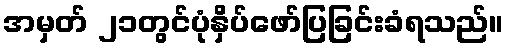
အမှတ် ၂၁တွင်ပုံနှိပ်ဖော်ပြခြင်းခံရသည်။